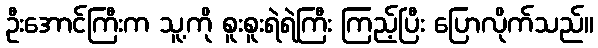
ဦးအောင်ကြီးက သူ့ကို စူးစူးရဲရဲကြီး ကြည့်ပြီး ပြောလိုက်သည်။